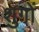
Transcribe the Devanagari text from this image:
शुगों